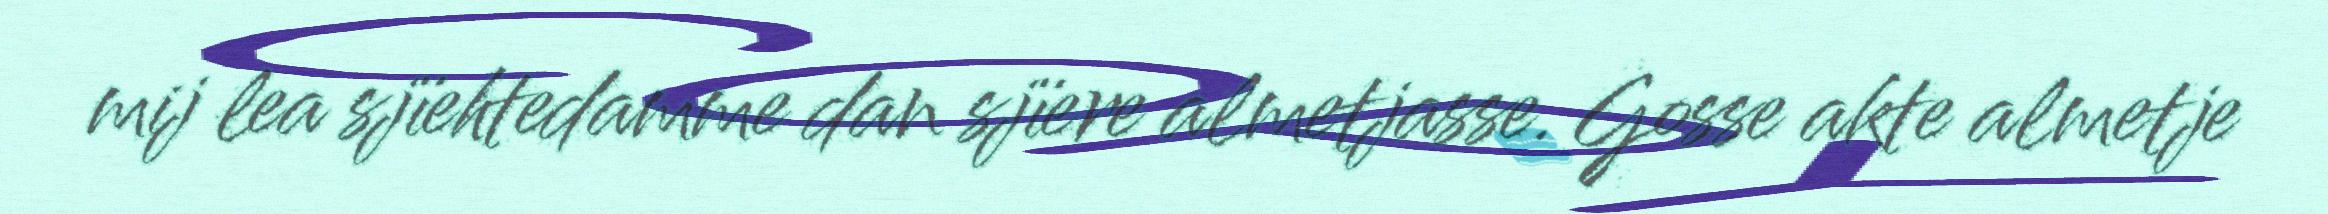
mij lea sjïehtedamme dan sjïere almetjasse. Gosse akte almetje